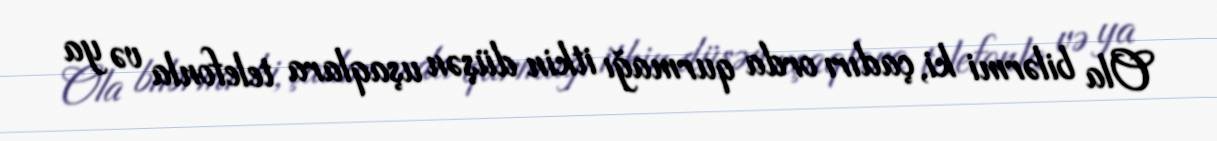
Ola bilərmi ki, çadırı orda qurmağı itkin düşən uşaqlara telefonla və ya